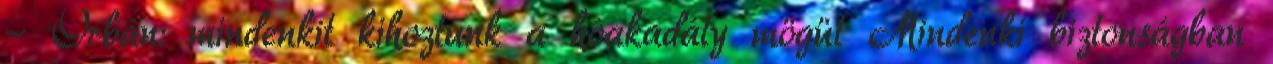
- Orbán: mindenkit kihoztunk a hóakadály mögül Mindenki biztonságban